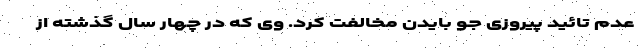
عدم تائید پیروزی جو بایدن مخالفت کرد. وی که در چهار سال گذشته از